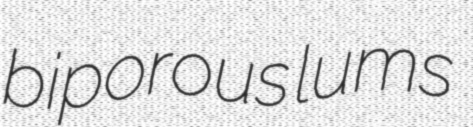
biporous lums